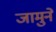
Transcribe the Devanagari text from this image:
जामुने